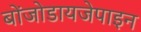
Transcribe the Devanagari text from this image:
बोंजोडायजेपाइन